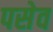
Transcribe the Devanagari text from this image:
पसेव